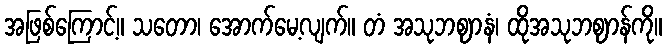
အဖြစ်ကြောင့်။ သတော၊ အောက်မေ့လျက်။ တံ အသုဘဈာနံ၊ ထိုအသုဘဈာန်ကို။